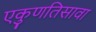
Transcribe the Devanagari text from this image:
एकुणतिसावा